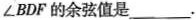
\angle BDF的余弦值是___。